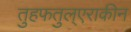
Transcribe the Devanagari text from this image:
तुहफतुल्एराकीन